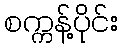
စက္ကန့်ပိုင်း